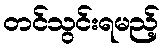
တင်သွင်းရမည့်